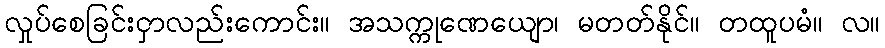
လှုပ်စေခြင်းငှာလည်းကောင်း။ အသက္ကုဏေယျော၊ မတတ်နိုင်။ တထူပမံ။ လ။